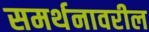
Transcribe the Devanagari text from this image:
समर्थनावरील